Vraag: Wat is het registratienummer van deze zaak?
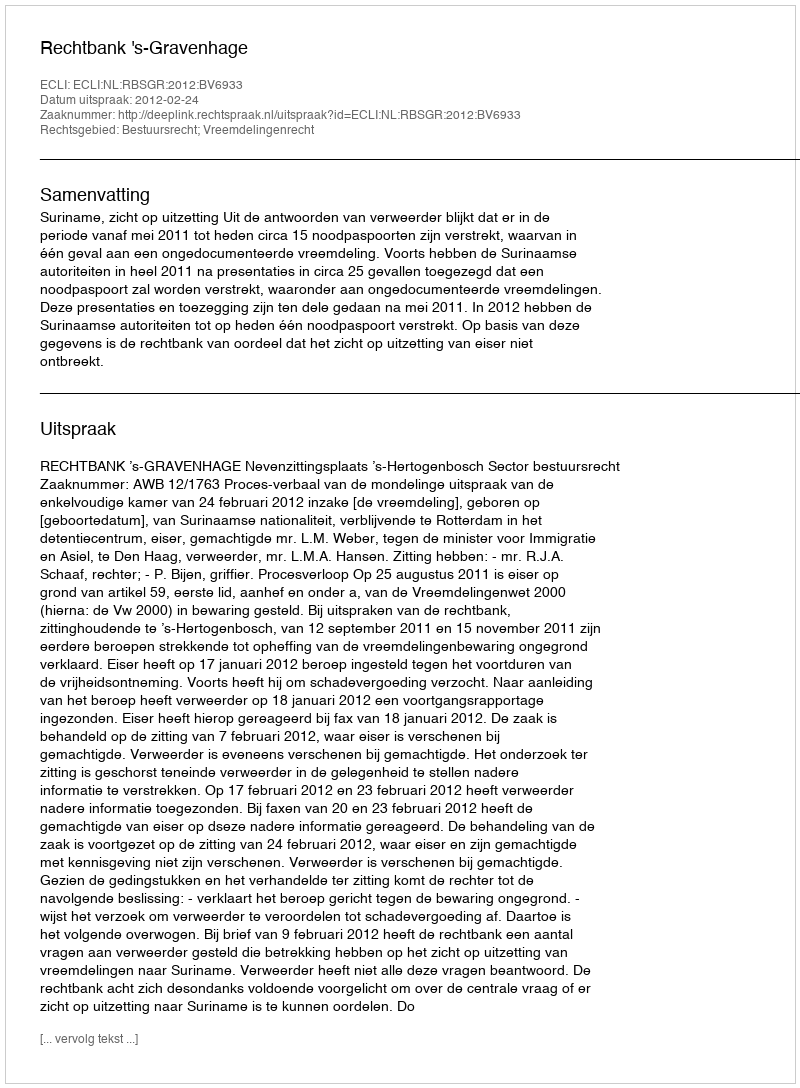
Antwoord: http://deeplink.rechtspraak.nl/uitspraak?id=ECLI:NL:RBSGR:2012:BV6933